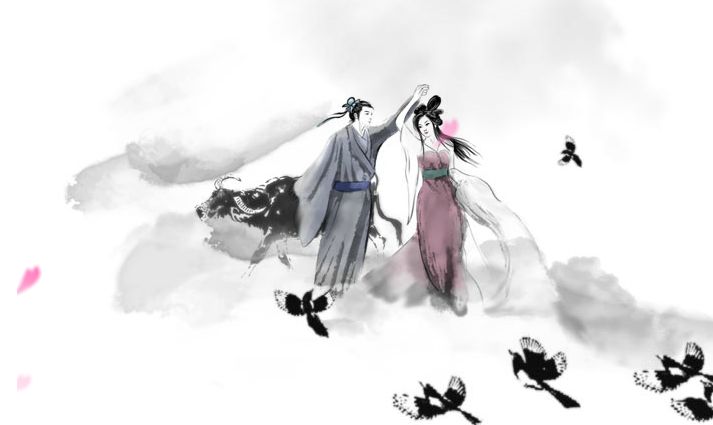
清漏渐移相望久，微云未接过来迟。